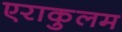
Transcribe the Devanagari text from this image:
एराकुलम